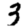
Digit: 3